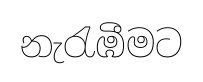
නැරැඹීමට